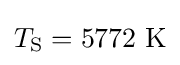
T_{\rm {S}}=5772\ \mathrm {K}